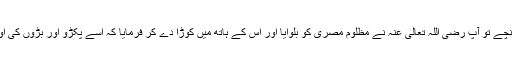
جب دونوں مدینہ پہنچے تو آپ رضی اللہ تعالیٰ عنہ نے مظلوم مصری کو بلوایا اور اس کے ہاتھ میں کوڑا دے کر فرمایا کہ اسے پکڑو اور بڑوں کی اولاد سے اپنا بدلہ لو۔